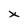
Character: x